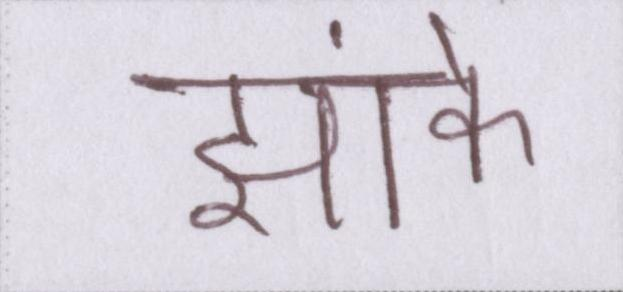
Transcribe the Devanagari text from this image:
झांके